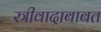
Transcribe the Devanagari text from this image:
स्त्रीवादाबाबत